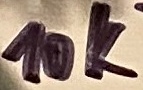
Text: 10K